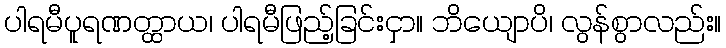
ပါရမီပူရဏတ္ထာယ၊ ပါရမီဖြည့်ခြင်းငှာ။ ဘိယျောပိ၊ လွန်စွာလည်း။